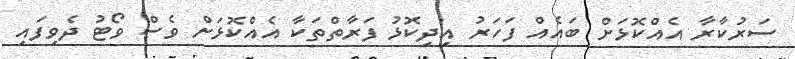
ސަރުކާރާ އެއްކޮޅަށް ބައެއް ފަހަރު އިދިކޮޅު ފަރާތްތަކާ އެއްކޮޅަށް ވެސް ވޯޓު ދެވިފައި